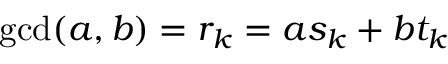
\operatorname* { g c d } ( a , b ) = r _ { k } = a s _ { k } + b t _ { k }